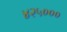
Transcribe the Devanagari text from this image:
४२५०००